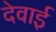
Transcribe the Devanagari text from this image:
देवाई